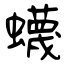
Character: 蠛